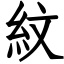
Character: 紋